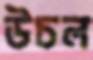
উচল